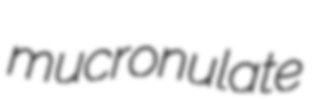
mucronulate